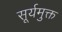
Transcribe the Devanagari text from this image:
सूर्यमुक्त